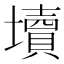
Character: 𰊻